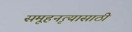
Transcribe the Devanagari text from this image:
समूहनृत्यासाठी